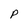
Character: P